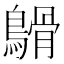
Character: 𪄥